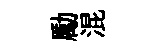
勵混